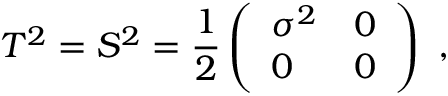
T ^ { 2 } = S ^ { 2 } = \frac { 1 } { 2 } \left( \begin{array} { l l } { { \sigma ^ { 2 } } } & { { 0 } } \\ { { 0 } } & { { 0 } } \end{array} \right) \ ,